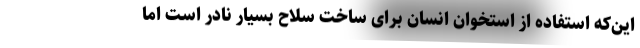
این‌که استفاده از استخوان انسان برای ساخت سلاح بسیار نادر است اما